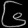
Digit: ၆